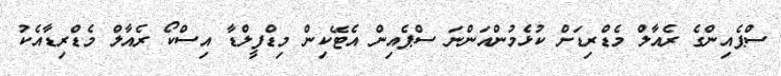
ސްޕެއިންގެ ރެއާލް މެޑްރިޑަށް ކުޅެމުންއަންނަ ސްޕެއިން އެޓޭކިން މިޑްފީލްޑާ އިސްކޯ ރެއާލް މެޑްރިޑާއެކު